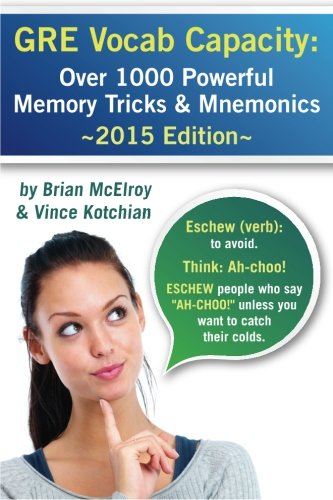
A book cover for GRE Vocab Capacity: 2015 Edition - Over 1,000 Powerful Memory Tricks and Mnemonics; Vince Kotchian; Test Preparation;